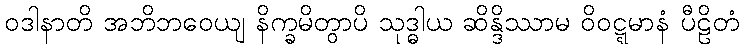
ဝဒါနာတိ အဘိဘဝေယျ နိက္ခမိတွာပိ သုဒ္ဓါယ ဆိန္ဒိဿာမ ဝိဝဋ္ဋမာနံ ပီဠိတံ